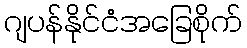
ဂျပန်နိုင်ငံအခြေစိုက်